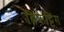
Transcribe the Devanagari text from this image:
ब्रिकेट्टिंग